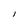
Character: l